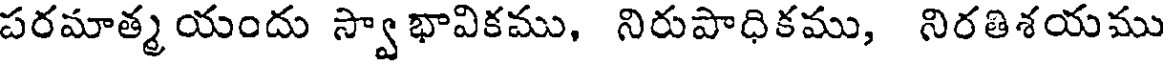
పరమాత్మ యందు స్వా భావికము, నిరుపాధికము, నిరతిశయము